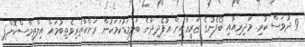
9 ދުވަސް ކުރި. މަދިރިއާއި ބޯފެނުގެ ޒަރީޢާއިން އުފެދިދާނެ ބަލިމަޑުކަމަކުން ރަށްކާތެރިވެތިބުމައް އިލްތިމާސްކޮށްފި